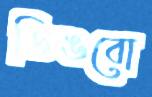
ডিঙবো